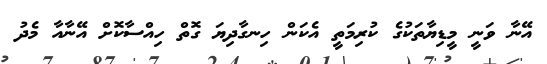
އޭނާ ވަނީ މީޑިޔާތަކުގެ ކުރިމަތީ އެކަން ހިނގާދިޔަ ގޮތް ހިއްސާކޮށް އޭނާއާ މެދު